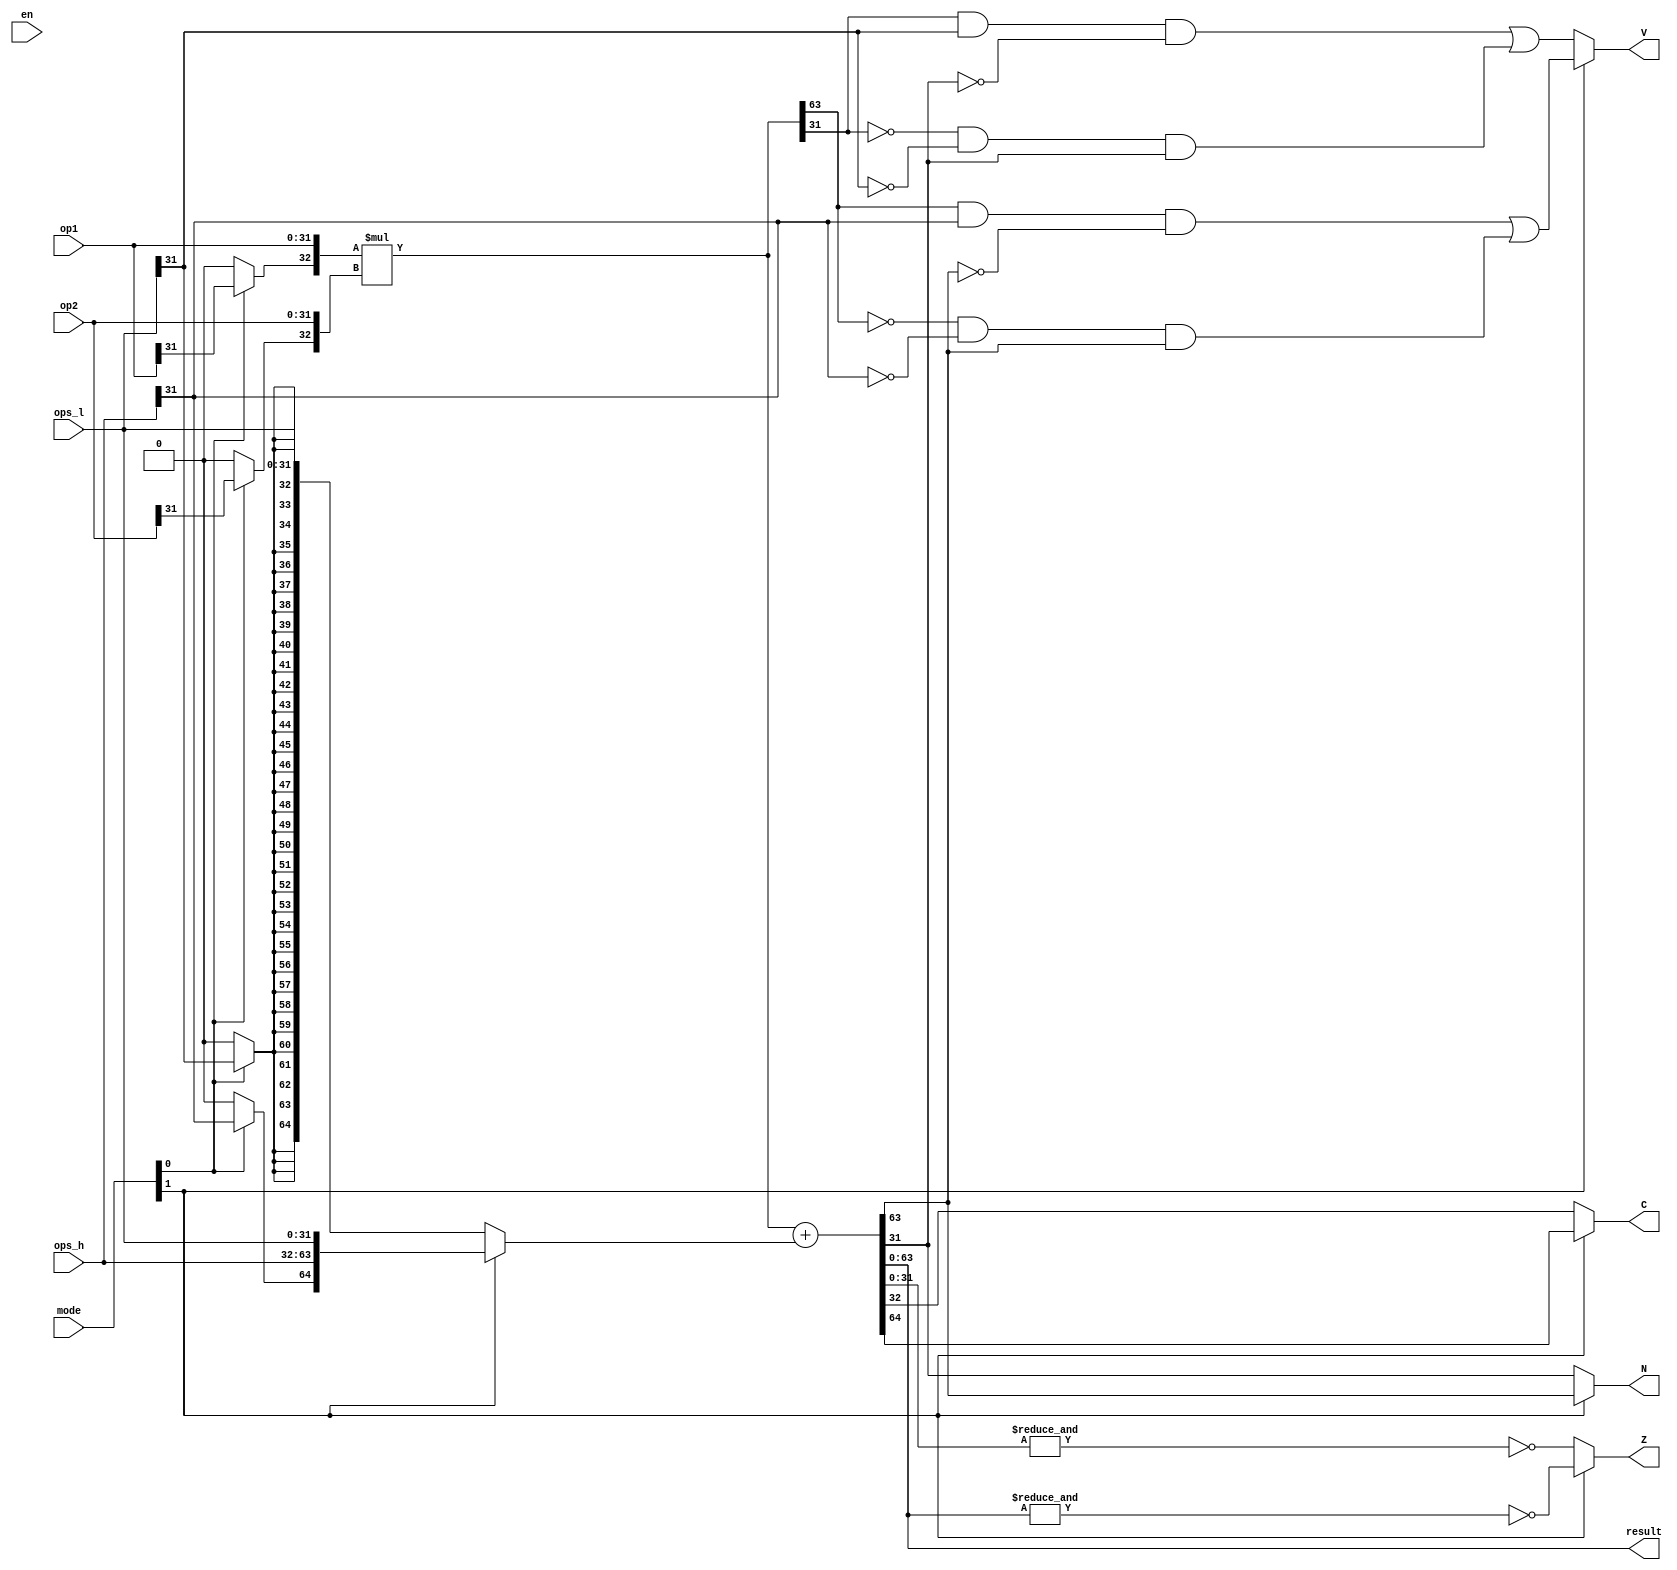
module executor_MUL(
    
    en,

    mode,
    op1, op2, 
    ops_l, ops_h, 

    result,
    N, Z, C, V

);

// port ******************************************************
input   wire                en;
input   wire    [ 1: 0]     mode;
input   wire    [31: 0]     op1, op2, ops_l, ops_h;
output  wire    [63: 0]     result;
output  wire                N, Z, C, V;

// wire ******************************************************
wire    signed  [32: 0]     mul_in_a    =   { mode[0] ? op1[31] : 1'b0, op1 };
wire    signed  [32: 0]     mul_in_b    =   { mode[0] ? op2[31] : 1'b0, op2 };
wire    signed  [32: 0]     mul_in_s_s  =   { mode[0] ? ops_l[31] : 1'b0, ops_l };
wire    signed  [64: 0]     mul_in_s_l  =   { mode[0] ? ops_h[31] : 1'b0, ops_h, ops_l };
wire    signed  [64: 0]     mul_res_mul =   mul_in_a * mul_in_b;
wire    signed  [64: 0]     mul_res_acc =   mul_res_mul + ( mode[1] ? mul_in_s_l : mul_in_s_s );

assign  result  =   mul_res_acc;
assign  C       =   mode[1] ? mul_res_acc[64] : mul_res_acc[32];
assign  Z       =   mode[1] ? ~&mul_res_acc[63:0] : ~&mul_res_acc[31:0];
assign  N       =   mode[1] ? mul_res_acc[63] : mul_res_acc[31];
assign  V       =   mode[1] ? ( ( mul_res_mul[63] & mul_in_s_l[63] & ~mul_res_acc[63] ) | ( ~mul_res_mul[63] & ~mul_in_s_l[63] & mul_res_acc[63]) ) :
                              ( ( mul_res_mul[31] & mul_in_s_l[31] & ~mul_res_acc[31] ) | ( ~mul_res_mul[31] & ~mul_in_s_l[31] & mul_res_acc[31]) );
endmodule